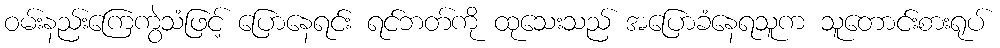
ဝမ်းနည်းကြေကွဲသံဖြင့် ပြောနေရင်း ရင်ဘတ်ကို ထုသေးသည် အပြောခံနေရသူက သူတောင်းစားရုပ်